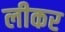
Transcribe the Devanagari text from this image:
लीकर